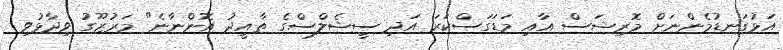
އަޅުގަނޑުމެންނަށް މޮރިޝަސް އާއި މަޑަގަސްކަރަ އަދި ސީޝެލްސްގެ ތާއީދު އޮންނާނެ" މަރުޒޫގު ވިދާޅުވި